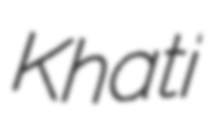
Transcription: Khati